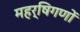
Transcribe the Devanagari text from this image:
महर्षिगणों